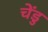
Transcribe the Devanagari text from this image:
चेंडु